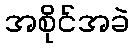
အစိုင်အခဲ